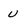
Character: U